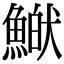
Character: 𩹏